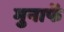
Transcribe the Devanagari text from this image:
मुनाफें